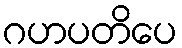
ဂဟပတိပေ